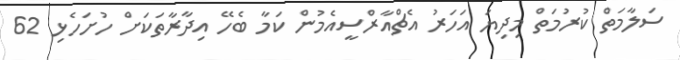
ސަލާމަތް ކުރުމަތް މިދިޔަ އަހަރު އެޗްއާރްސީއެމުން ކަމާ ބެހޭ އިދާރާތަކަށް ހުށަހެޅި 62